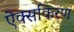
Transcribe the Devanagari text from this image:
ऐक्सकिरण